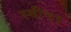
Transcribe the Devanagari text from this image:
स्वीचर